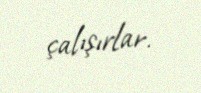
çalışırlar.